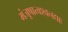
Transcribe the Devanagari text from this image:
मंजूषात्वश्वनद्याः